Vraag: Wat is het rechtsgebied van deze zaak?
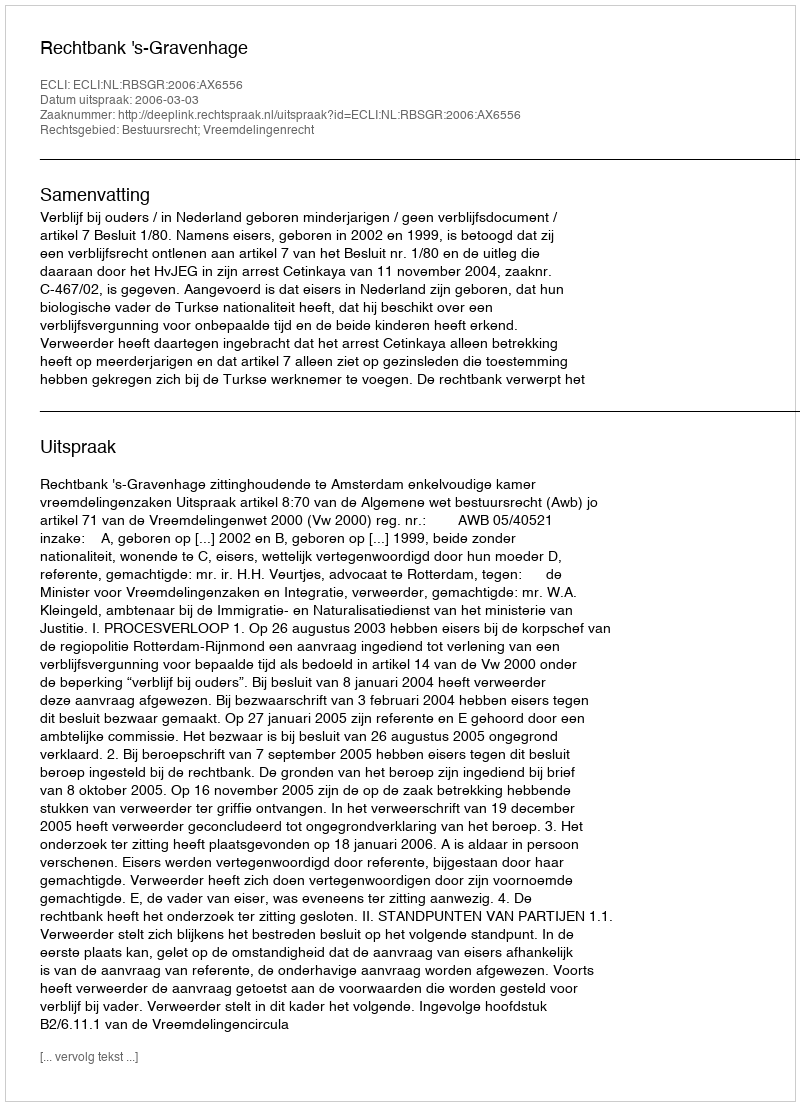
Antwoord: Bestuursrecht; Vreemdelingenrecht